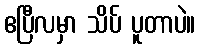
ဧပြီလမှာ သိပ် ပူတာပဲ။